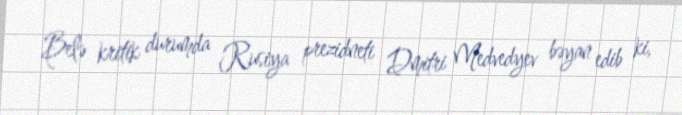
Belə kritik durumda Rusiya prezidneti Dmitri Medvedyev bəyan edib ki,